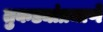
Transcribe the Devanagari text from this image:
तुकड्यांप्रमाणे